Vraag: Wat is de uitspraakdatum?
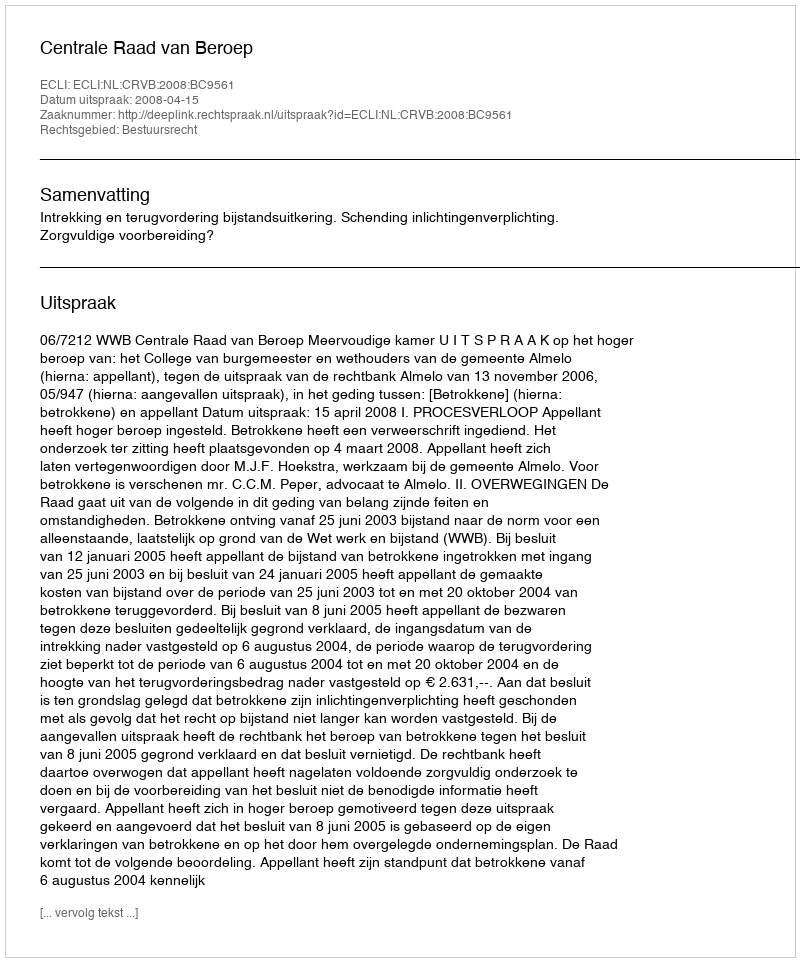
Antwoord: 2008-04-15